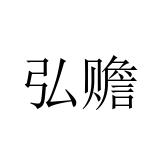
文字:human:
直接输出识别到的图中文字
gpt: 弘赡